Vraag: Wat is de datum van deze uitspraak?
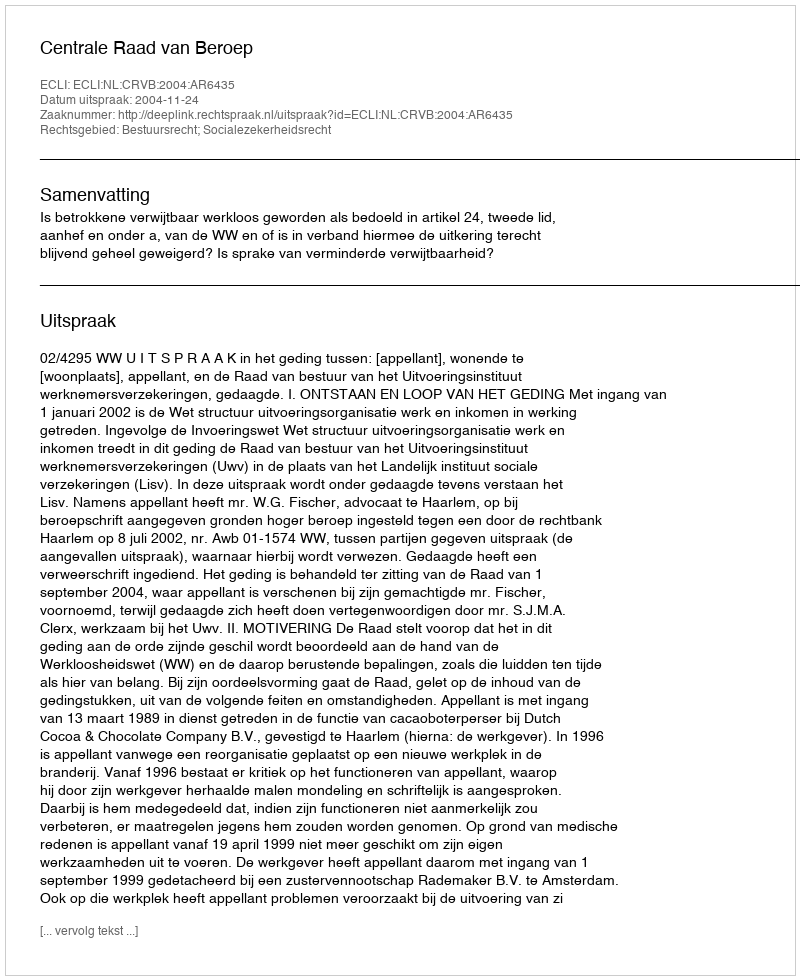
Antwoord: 2004-11-24